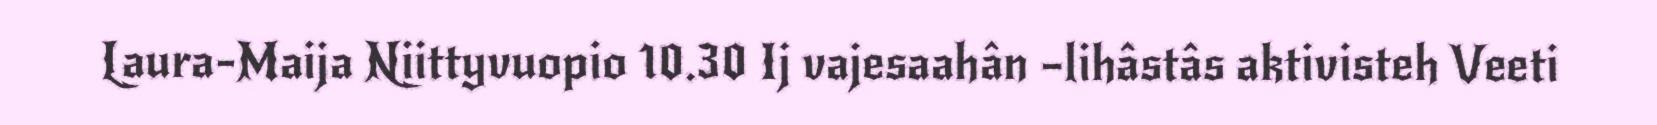
Laura-Maija Niittyvuopio 10.30 Ij vajesaahân –lihâstâs aktivisteh Veeti